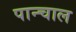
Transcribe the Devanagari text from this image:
पान्चाल